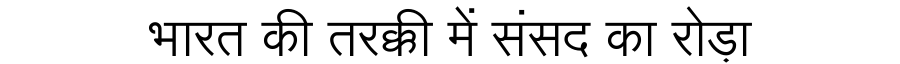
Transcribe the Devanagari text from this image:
भारत की तरक्की में संसद का रोड़ा